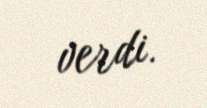
verdi.